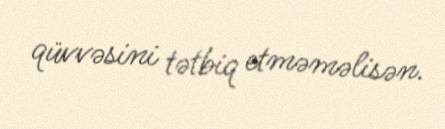
qüvvəsini tətbiq etməməlisən.